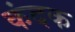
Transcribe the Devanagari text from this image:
कंदक